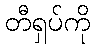
တီရှပ်ကို